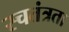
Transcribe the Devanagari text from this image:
स्चतंत्रता